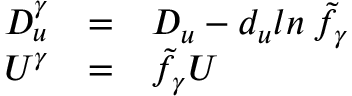
\begin{array} { l l l } { { D _ { u } ^ { \gamma } } } & { { = } } & { { D _ { u } - d _ { u } l n \: { \tilde { f } } _ { \gamma } } } \\ { { U ^ { \gamma } } } & { { = } } & { { { \tilde { f } } _ { \gamma } U } } \end{array}